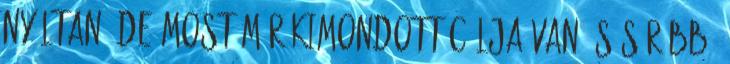
nyíltan, de most már kimondott célja van és sűrűbb,